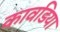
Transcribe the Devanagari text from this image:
कावडिया